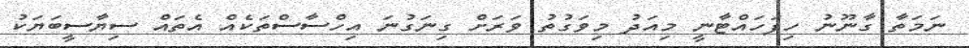
ނަމަތާ ގާނޫނު ހިފަހައްޓާނީ މިއަދު މިވަގުތު ވަރަށް ގިނަގުނަ އިހްސާސްތަކެއް އެތައް ސިޔާސީބަޔަކު